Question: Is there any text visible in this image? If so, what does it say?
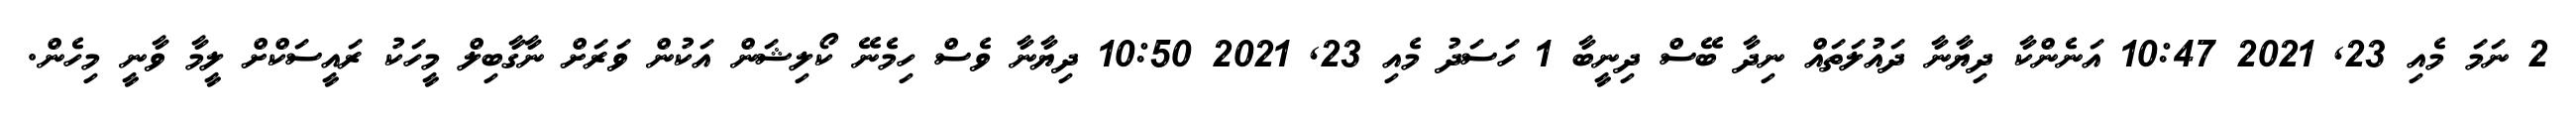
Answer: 2 ނަމަ މެއި 23, 2021 10:47 އަނެންކާ ދިޔާނާ ދައުލަތައް ނިދާ ބޭސް ދިނީބާ 1 ހަސަދު މެއި 23, 2021 10:50 ދިޔާނާ ވެސް ހިމެނޭ ކޯލިޝަން އަކުން ވަރަށް ނާގާބިލް މީހަކު ރައީސަކްށް ލީމާ ވާނީ މިހެން.